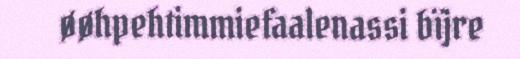
øøhpehtimmiefaalenassi bïjre